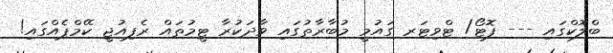
ބްލޮކްގައި --- ފޮޓޯ/ ޓްވިޓަރ ގައުމީ މުބާރާތުގައި ވާދަކުރާ ޓީމުތައް ރެފިއުޖީ ކޭމްޕެއްގައި!